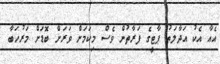
އެއާ އެކު އަދާލަތު ޕާޓީގެ ފަރާތުން ވެސް މިކަމަށް ވަރަށް ބޮޑަށް މަރުހަބާ